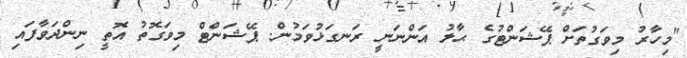
"މިހާރު މިވަގުތަށް ޕޭޝަންޓުގެ ޙާލު އަންނަނީ ރަނގަޅުވަމުން. ޕޭޝަންޓް މިވަގޮތު އޮތީ ނިންދަވާފައި